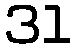
31